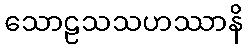
သောဠသသဟဿာနိ